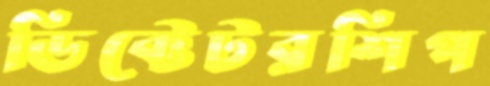
ডিক্টেটরশিপ